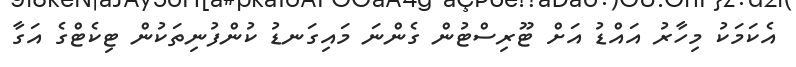
އެކަމަކު މިހާރު އައްޑު އަށް ޓޫރިސްޓުން ގެންނަ މައިގަނޑު ކުންފުނިތަކުން ޓިކެޓްގެ އަގާ